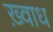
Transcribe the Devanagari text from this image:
ख़्वाध